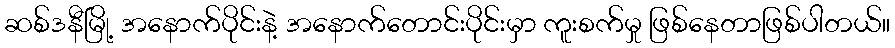
ဆစ်ဒနီမြို့ အနောက်ပိုင်းနဲ့ အနောက်တောင်းပိုင်းမှာ ကူးစက်မှု ဖြစ်နေတာဖြစ်ပါတယ်။